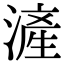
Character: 滻